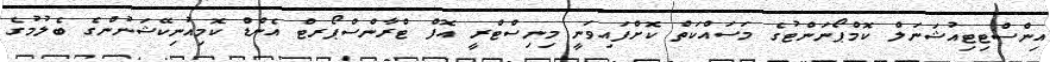
އިންސްޓިޓިއުޝަނަލް ކޮމްޕޯނަންޓުގެ މަސައްކަތް ކޮށްފައިވަނީ މިނިސްޓްރީ އޮފް ޓްރާންސްޕޯރޓް އެންޑް ކޮމިއުނިކޭޝަނުންގެ ބެލުމުގެ